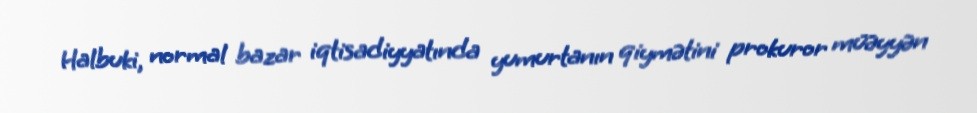
Halbuki, normal bazar iqtisadiyyatında yumurtanın qiymətini prokuror müəyyən